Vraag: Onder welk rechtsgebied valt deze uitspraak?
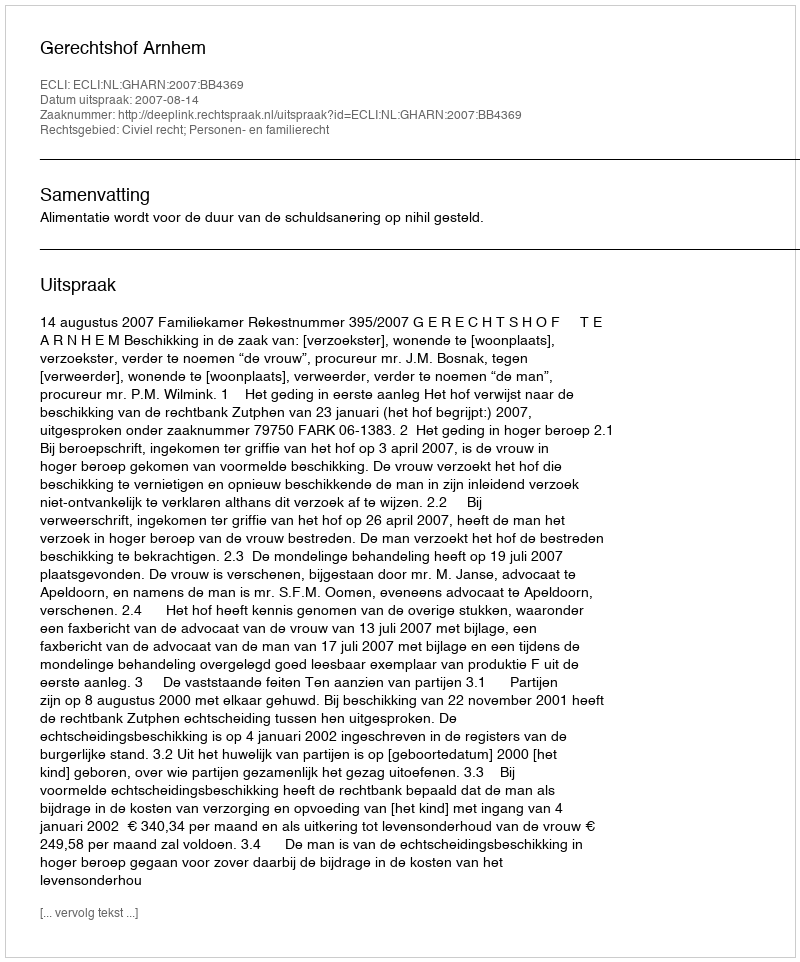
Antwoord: Civiel recht; Personen- en familierecht